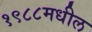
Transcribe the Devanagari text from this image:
१९८८मधील